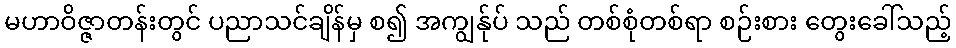
မဟာဝိဇ္ဇာတန်းတွင် ပညာသင်ချိန်မှ စ၍ အကျွန်ုပ် သည် တစ်စုံတစ်ရာ စဉ်းစား တွေးခေါ်သည့်